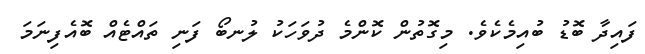
ފައިދާ ބޮޑު ބުއިމެކެވެ. މިގޮތުން ކޮންމެ ދުވަހަކު ލުނބޯ ފަނި ތައްޓެއް ބޮއެފިނަމަ